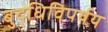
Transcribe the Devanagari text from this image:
बुद्धिविपर्यय